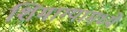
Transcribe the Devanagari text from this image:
शिमाग्यामध्ये